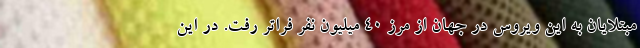
مبتلایان به این ویروس در جهان از مرز 40 میلیون نفر فراتر رفت. در این